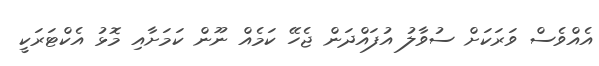
އެއްވެސް ވަރަކަށް ސުވާލު އުފައްދަން ޖެހޭ ކަމެއް ނޫން ކަމަށާއި މޮޅު އެކްޓަރަކީ